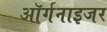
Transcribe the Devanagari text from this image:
ऑर्गनाइजर